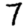
Digit: 7